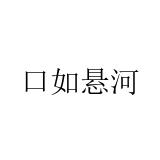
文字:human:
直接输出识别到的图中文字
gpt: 口如悬河